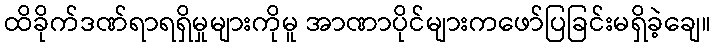
ထိခိုက်ဒဏ်ရာရရှိမှုများကိုမူ အာဏာပိုင်များကဖော်ပြခြင်းမရှိခဲ့ချေ။